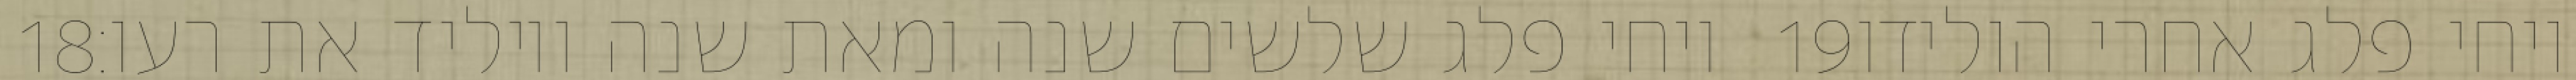
‎18‏ ויחי פלג שלשים שנה ומאת שנה ויוליד את רעו׃ ‎19‏ ויחי פלג אחרי הולידו